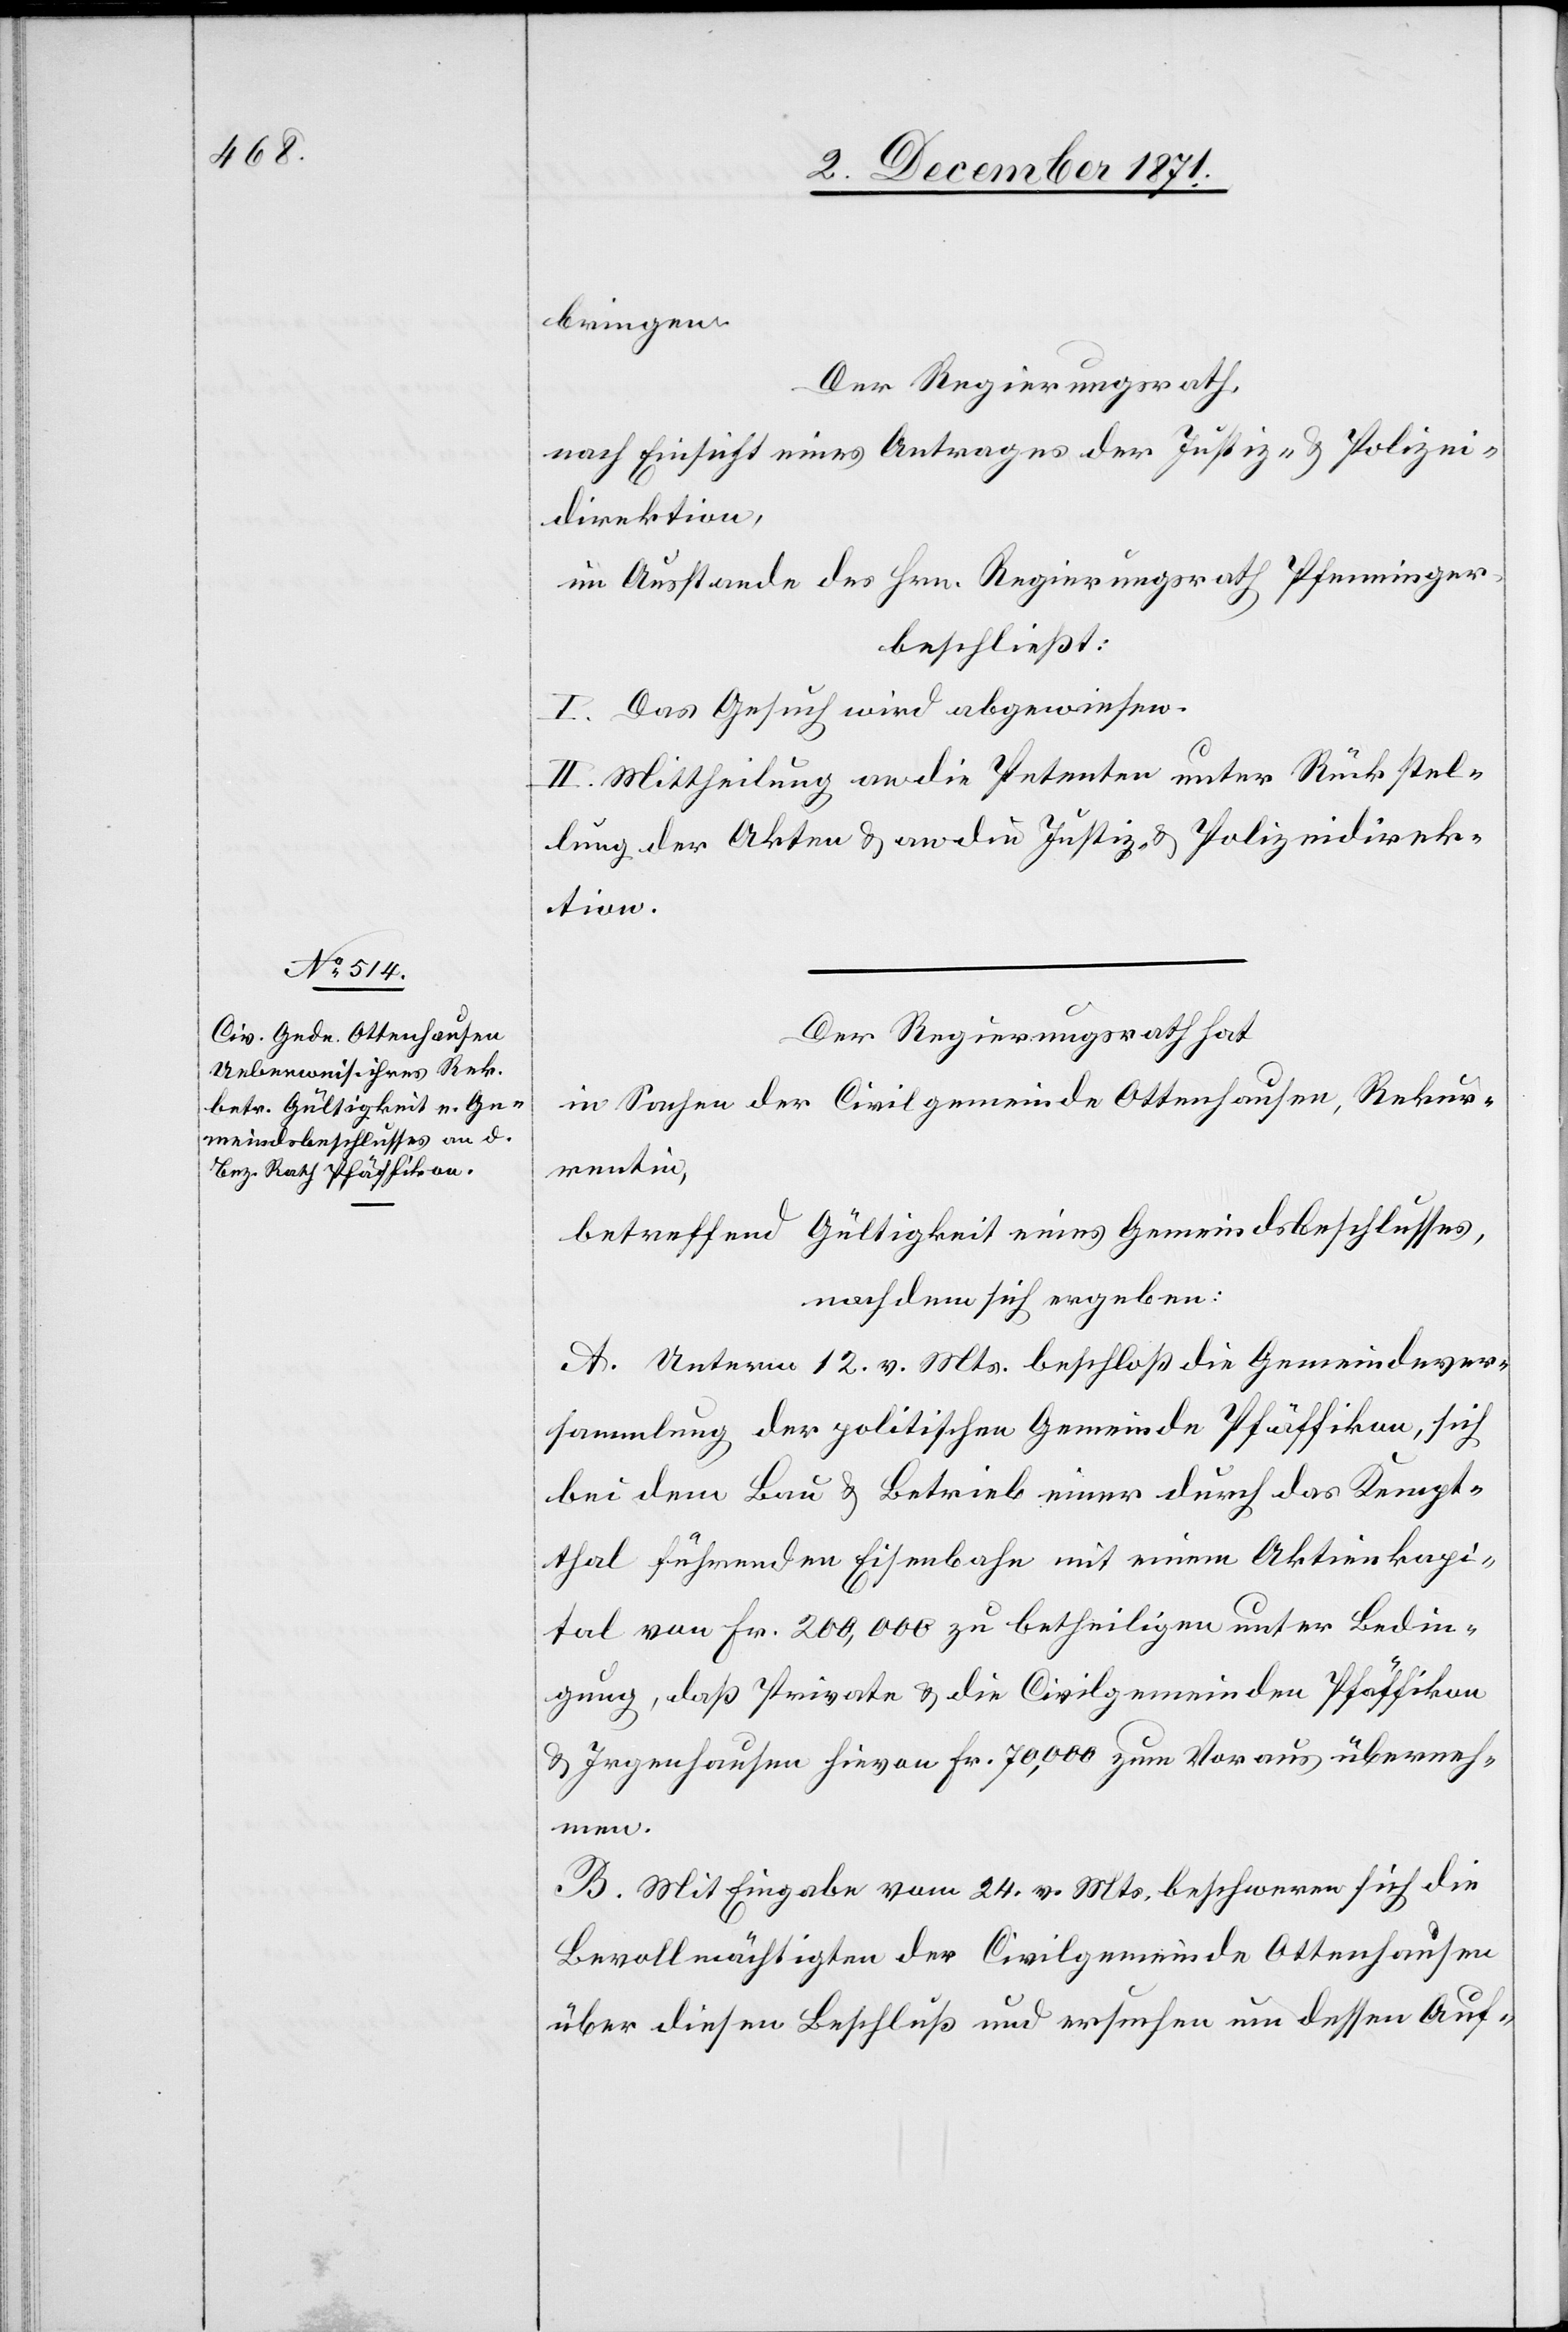
bringen.
Der Regierungsrath,
nach Einsicht eines Antrages der Justiz- & Polizei¬
direktion,
im Ausstande des Hrn. Regierungsrath Pfenninger,
beschließt:
I. Das Gesuch wird abgewiesen.
II. Mittheilung an die Petenten unter Rückstel¬
lung der Akten & an die Justiz- & Polizeidirek¬
tion.
Der Regierungsrath hat
in Sachen der Civilgemeinde Ottenhausen, Rekur¬
rentin,
betreffend Gültigkeit eines Gemeindsbeschlusses,
nachdem sich ergeben:
A. Unterm 12. v. Mts. beschloß die Gemeindever¬
sammlung der politischen Gemeinde Pfäffikon, sich
bei dem Bau & Betrieb einer durch das Kempt¬
thal führenden Eisenbahn mit einem Aktienkapi¬
tal von Fr. 200,000 zu betheiligen unter Bedin¬
gung, daß Private & die Civilgemeinden Pfäffikon
& Irgenhausen hievon Fr. 70,000 zum Voraus überneh¬
men.
B. Mit Eingabe vom 24. v. Mts. beschweren sich die
Bevollmächtigten der Civilgemeinde Ottenhausen
über diesen Beschluß und ersuchen um dessen Auf-